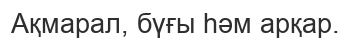
Ақмарал, бүғы һәм арқар.